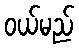
ဝယ်မည်